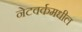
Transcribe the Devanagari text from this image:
नेटवर्कमधील